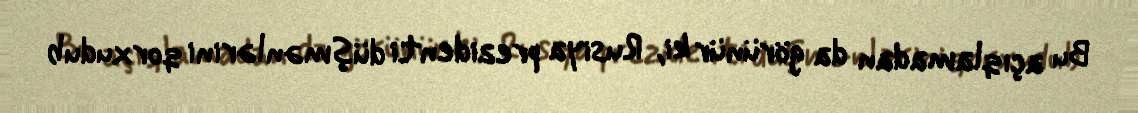
Bu açıqlamadan da görünür ki, Rusiya prezidenti düşmənlərini qorxudub